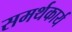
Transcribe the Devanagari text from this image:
समर्थकार्य